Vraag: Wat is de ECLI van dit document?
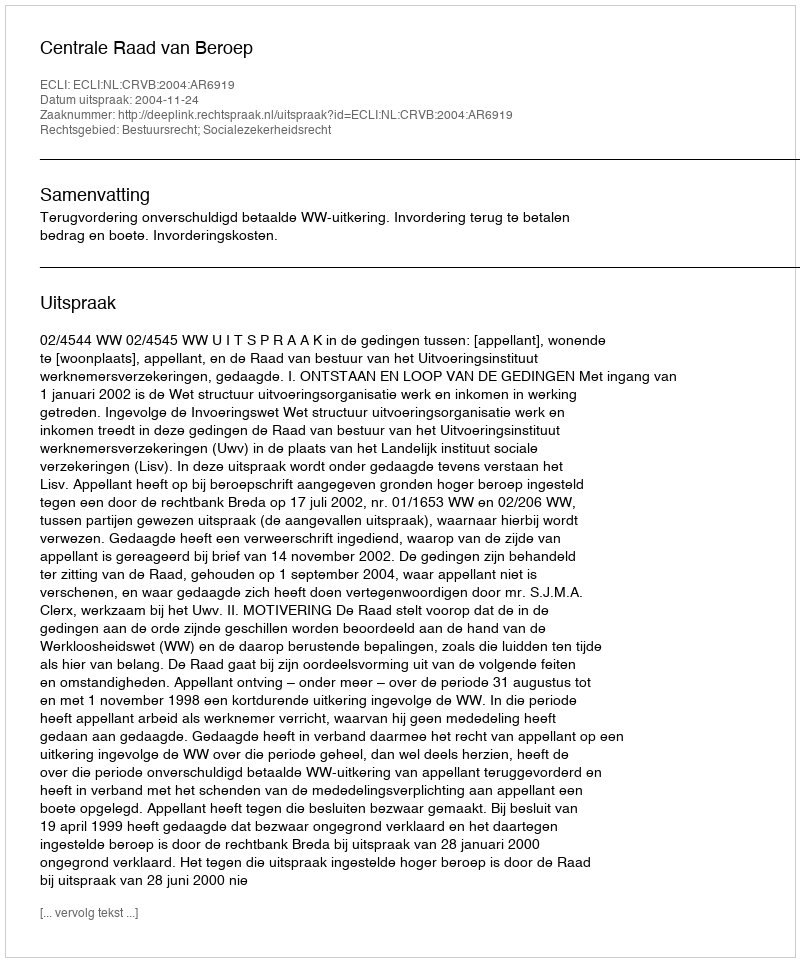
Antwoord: ECLI:NL:CRVB:2004:AR6919